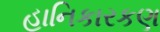
હાનિકારકણ